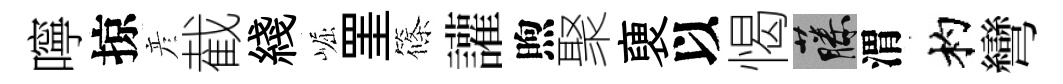
嚀掠彦截綫崛罣篠讙煦聚褏以愒藤渭杓彎